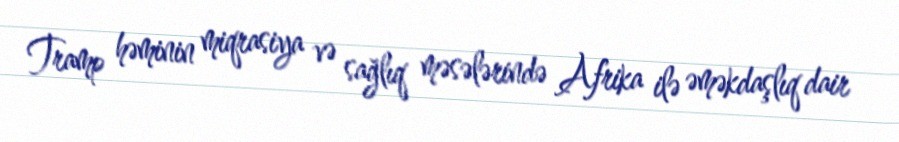
Tramp həminin miqrasiya və sağlıq məsələrində Afrika ilə əməkdaşlıq dair